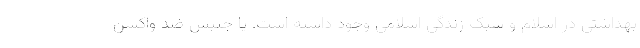
بهداشتی در اسلام و سبک زندگی اسلامی وجود داشته است. یا جنبش ضد واکسن